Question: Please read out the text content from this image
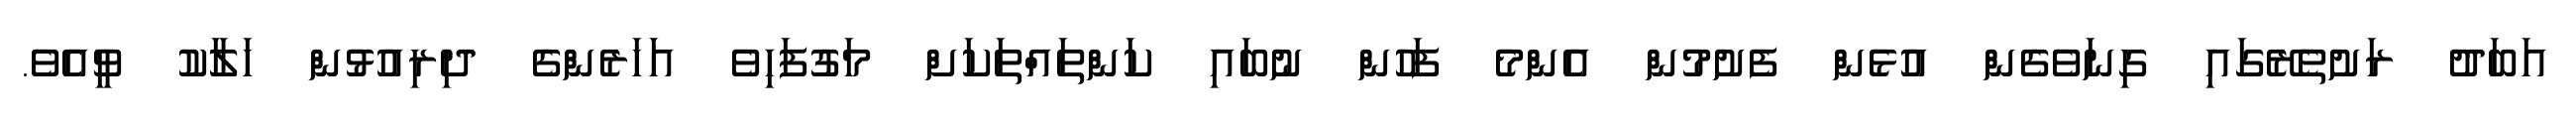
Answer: އަބަދު ރަށުތެރޭގައި ގިނަވެގެން އުޅެން ފެށުމުން އެންމެ ފަހުން ނުބައި ކަންތައްތަކަށް މަގުފަހިވެ އަހަރެންގެ ދިރިއުޅުން ހަލާކު ވީއެވެ.